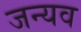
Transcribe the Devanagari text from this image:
जन्यव